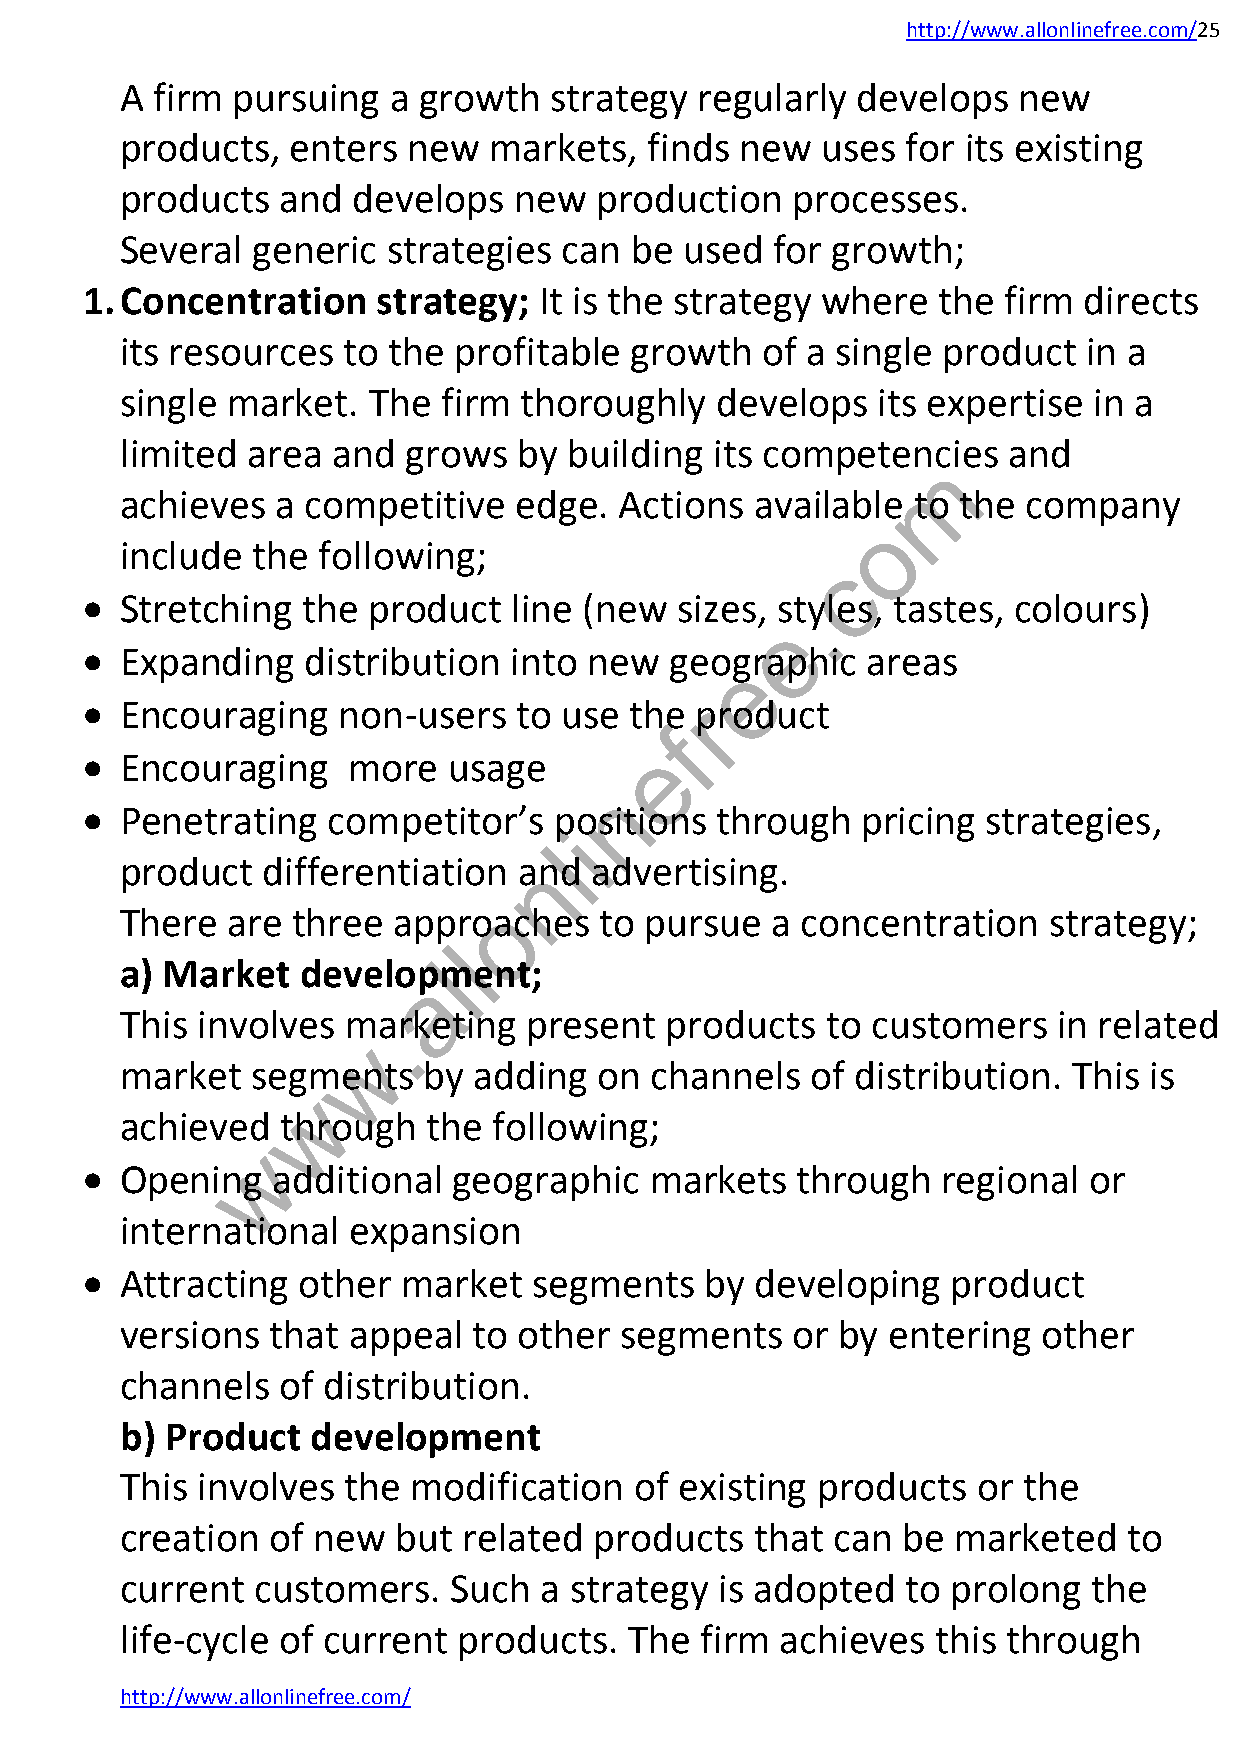
http://www.allonlinefree.com/25
 A firm pursuing   a growth  strategy  regularly  develops  new
 products,  enters  new  markets,   finds new  uses  for its existing
 products   and develops   new  production   processes.
 Several  generic  strategies can  be used  for growth;
 1. Concentration    strategy;  It is the strategy where  the firm  directs
 its resources  to the profitable  growth  of a single product   in a
 single market.  The  firm thoroughly   develops   its expertise in a
 limited area  and  grows  by  building its competencies    and
 m
 achieves  a competitive   edge.  Actions  available to the  company
 o
 include  the following;
 c
   Stretching  the product   line (new  sizes, s.tyles, tastes, colours)
 e
   Expanding   distribution  into new  geographic   areas
 e
   Encouraging   non-users   to use  the rproduct
 f
 e
   Encouraging    more   usage
 n
   Penetrating   competitor’s   positions through   pricing strategies,
 i
 l
 product  differentiation  annd advertising.
 o
 There  are three  approaches    to pursue  a concentration   strategy;
 l
 a) Market   developlment;
 a
 This involves  m.arketing  present  products   to customers   in related
 w
 market   segments   by adding   on channels   of distribution. This is
 w
 achieved   through  the  following;
 w
   Opening   additional  geographic   markets   through  regional  or
 international  expansion
   Attracting  other  market  segments    by developing   product
 versions  that appeal  to other  segments   or by  entering  other
 channels   of distribution.
 b) Product   development
 This involves  the modification   of existing products   or the
 creation  of new  but  related products   that can  be marketed    to
 current  customers.   Such  a strategy  is adopted  to prolong  the
 life-cycle of current products.   The firm  achieves  this through
 http://www.allonlinefree.com/